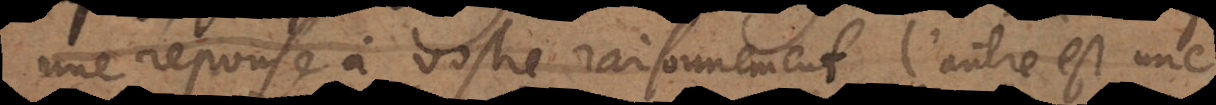
une reponse à vostre raisonnement, l’autre e